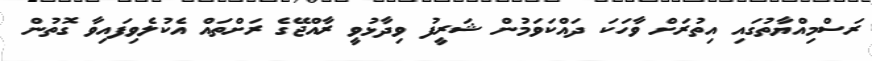
ރަސްމިއްޔާތުގައި އިތުރަށް ވާހަކަ ދައްކަވަމުން ޝަރީފު ވިދާޅުވީ ރާއްޖޭގެ ރަށްތައް އެކުލެވިފައިވާ ގޮތުން